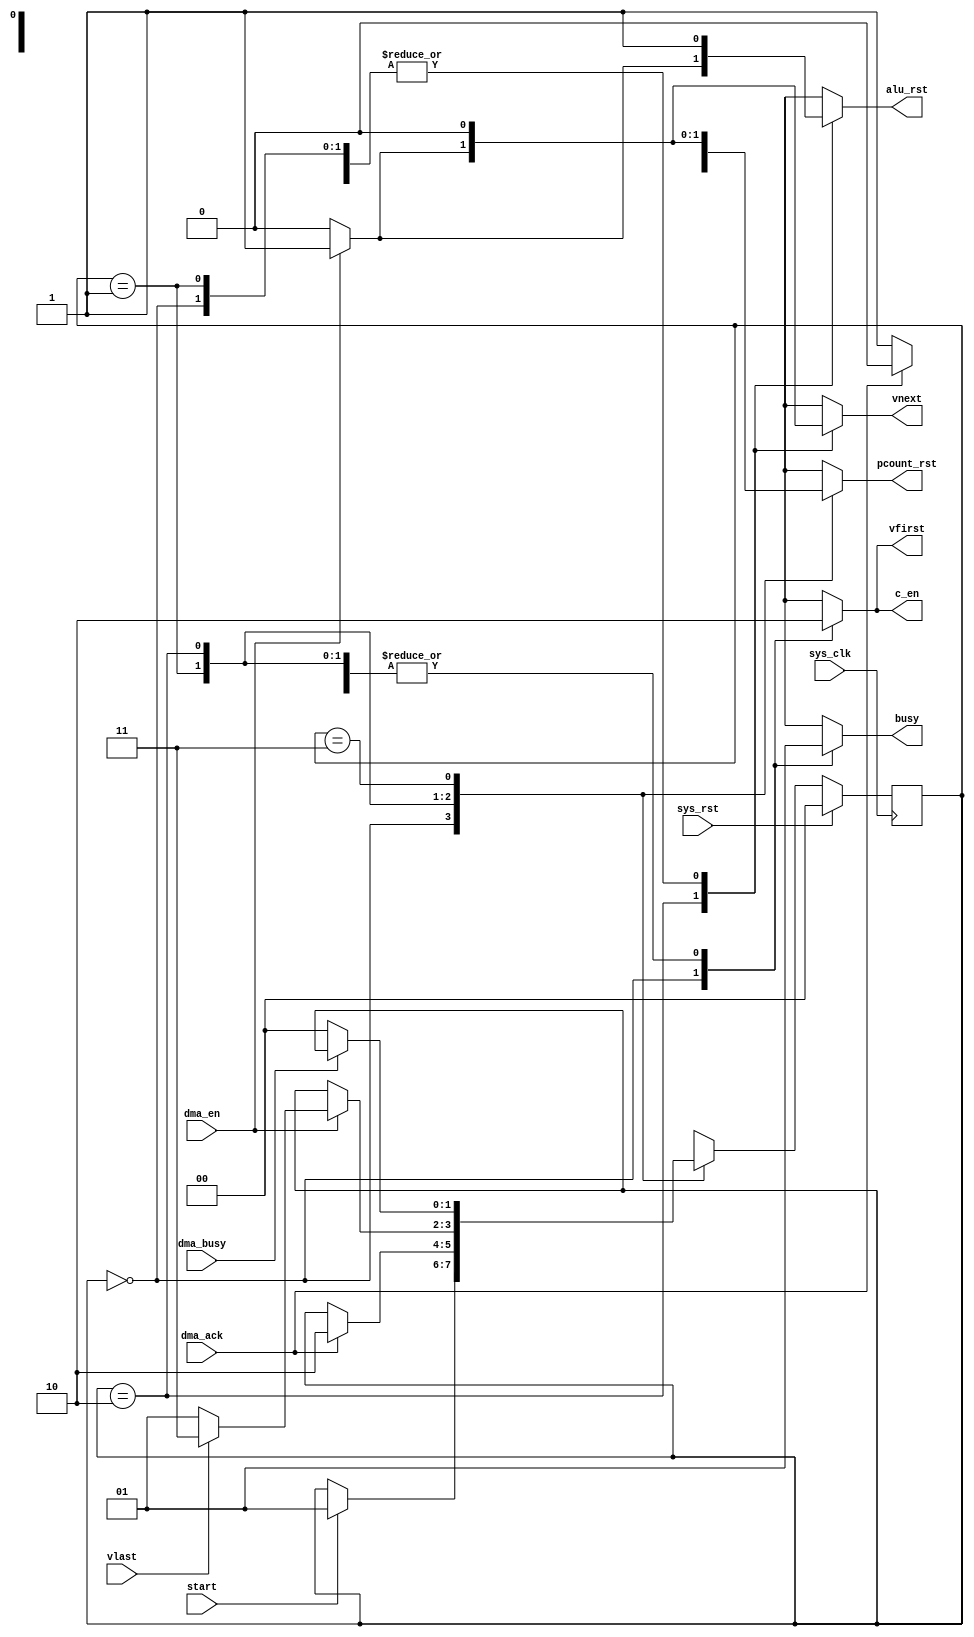
module pfpu_seq(
	input sys_clk,
	input sys_rst,
	
	output reg alu_rst,
	
	input dma_en,
	input dma_busy,
	input dma_ack,
	
	output reg vfirst,
	output reg vnext,
	input vlast,
	
	output reg pcount_rst,
	output reg c_en,
	
	input start,
	output reg busy
);

reg [1:0] state;
reg [1:0] next_state;
parameter IDLE		= 2'd0;
parameter INIT		= 2'd1;
parameter RUNNING	= 2'd2;
parameter LASTDMA	= 2'd3;
always @(posedge sys_clk) begin
	if(sys_rst)
		state <= IDLE;
	else
		state <= next_state;
end

// synthesis translate_off
always @(posedge sys_clk) begin
	if(state == RUNNING) begin
		if(~dma_ack) begin
			$display("ERROR - Write queue acknowledge went DOWN during computation");
			$finish;
		end
	end
end
// synthesis translate_on

always @(*) begin
	next_state = state;
	
	busy = 1'b0;
	alu_rst = 1'b0;
	vfirst = 1'b0;
	vnext = 1'b0;
	
	pcount_rst = 1'b0;
	c_en = 1'b0;
	
	case(state)
		IDLE: begin
			alu_rst = 1'b1;
			pcount_rst = 1'b1;
			vfirst = 1'b1;
			c_en = 1'b1;
			if(start)
				next_state = INIT;
		end
		INIT: begin /* fetch isn 0 */
			busy = 1'b1;
			alu_rst = 1'b1;
			pcount_rst = 1'b1;
			if(dma_ack) begin
				/* we will be able to send immediately our word
				 * to the DMA engine - carry on.
				 */
				pcount_rst = 1'b0;
				next_state = RUNNING;
			end
		end
		RUNNING: begin
			busy = 1'b1;
			if(dma_en) begin
				pcount_rst = 1'b1;
				alu_rst = 1'b1;
				vnext = 1'b1;
				if(vlast)
					next_state = LASTDMA;
				else
					next_state = INIT;
			end
		end
		LASTDMA: begin
			busy = 1'b1;
			alu_rst = 1'b1;
			if(~dma_busy)
				next_state = IDLE;
		end
	endcase
end

endmodule